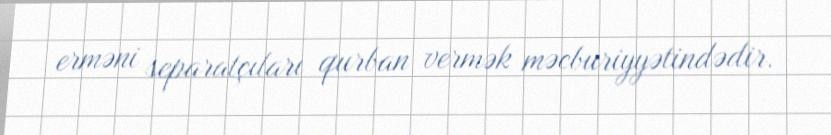
erməni separatçıları qurban vermək məcburiyyətindədir.